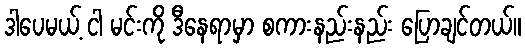
ဒါပေမယ့် ငါ မင်းကို ဒီနေရာမှာ စကားနည်းနည်း ပြောချင်တယ်။